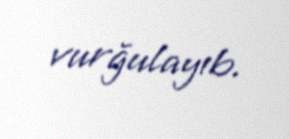
vurğulayıb.